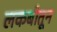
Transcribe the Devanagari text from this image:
लकबीतून